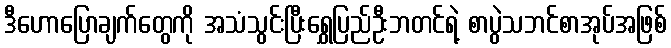
ဒီဟောပြောချက်တွေကို အသံသွင်းပြီးရွှေပြည်ဦးဘတင်ရဲ့ စာပွဲသဘင်စာအုပ်အဖြစ်